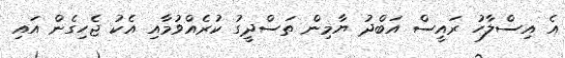
އެ އިސްލާހު ރައީސް އަބްދު ޔާމިން ތަސްދީގު ކުރެއްވުމާއި އެކު ޖެހިގެން އައި